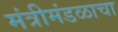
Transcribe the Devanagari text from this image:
मंत्रीमंडळाचा